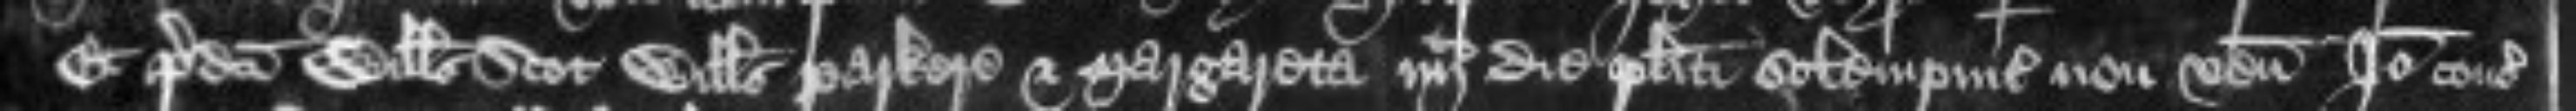
Et predicti Willelmus Scot Willelmus Parkere et Margareta quarto die placiti solempniter non veniunt Ideo consideratum